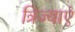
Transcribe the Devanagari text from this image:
त्रिज्याएं